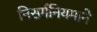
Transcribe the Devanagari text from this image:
निसर्गनियमाने